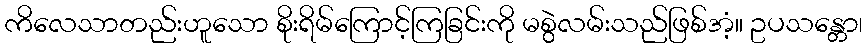
ကိလေသာတည်းဟူသော စိုးရိမ်ကြောင့်ကြခြင်းကို မစွဲလမ်းသည်ဖြစ်အံ့။ ဥပသန္တော၊